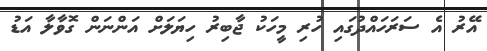
އޭރު އެ ސަރަހައްދުގައި ހުރި މީހަކު ޖާބިރު ހިޔަލަށް އަންނަން ގޮވާލާ އަޑު